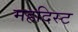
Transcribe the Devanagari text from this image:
महदिस्ट